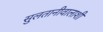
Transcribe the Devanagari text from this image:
सुलतानीवालाशी